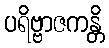
ပရိဗ္ဗာဇကန္တိ